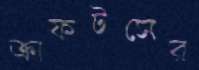
ক্রাফটসের